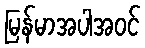
မြန်မာအပါအဝင်